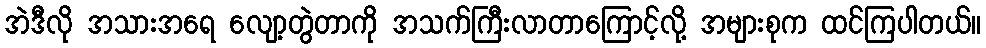
အဲဒီလို အသားအရေ လျော့တွဲတာကို အသက်ကြီးလာတာကြောင့်လို့ အများစုက ထင်ကြပါတယ်။